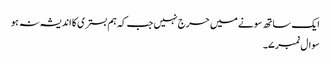
ایک ساتھ سونے میں حرج نہیں جب کہ ہم بستری کا اندیشہ نہ ہو
سوال نمبر ۷۔